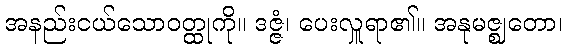
အနည်းငယ်သောဝတ္ထုကို။ ဒဇ္ဇံ၊ ပေးလှူရာ၏။ အနုမဇ္ဈတော၊